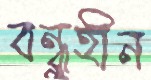
বন্ধুহীন